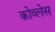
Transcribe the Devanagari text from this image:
कोव्लेस